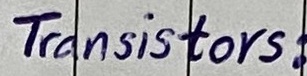
Text: Transistors: